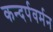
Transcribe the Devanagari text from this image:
कन्दर्पवर्मन